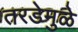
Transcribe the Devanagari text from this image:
तरडेमुळे